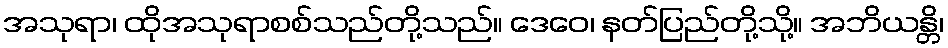
အသုရာ၊ ထိုအသုရာစစ်သည်တို့သည်။ ဒေဝေ၊ နတ်ပြည်တို့သို့။ အဘိယန္တိ၊